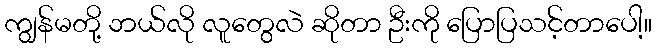
ကျွန်မတို့ ဘယ်လို လူတွေလဲ ဆိုတာ ဦးကို ပြောပြသင့်တာပေါ့။